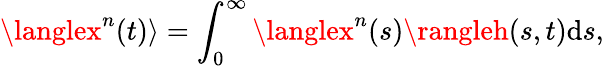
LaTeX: \langlex^{n}(t)\rangle=\int_{0}^{\infty}\langlex^{n}(s)\rangleh(s,t)\mathrm{d}s,